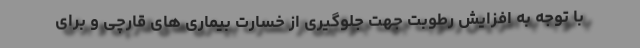
با توجه به افزایش رطوبت جهت جلوگیری از خسارت بیماری های قارچی و برای